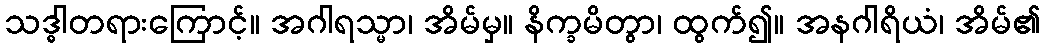
သဒ္ဓါတရားကြောင့်။ အဂါရသ္မာ၊ အိမ်မှ။ နိက္ခမိတွာ၊ ထွက်၍။ အနဂါရိယံ၊ အိမ်၏